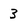
Character: 3